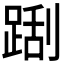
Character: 𲃬